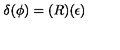
\delta ( \phi ) = ( R ) ( \epsilon )